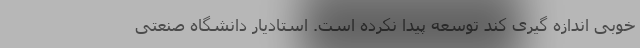
خوبی اندازه گیری کند توسعه پیدا نکرده است. استادیار دانشگاه صنعتی